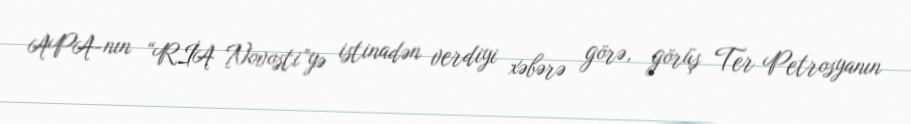
APA-nın “RİA Novosti”yə istinadən verdiyi xəbərə görə, görüş Ter Petrosyanın